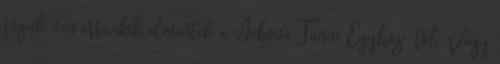
joguk van erre,akik elmentek a "Jehova Tanúi Egyház"-tól. Vagy